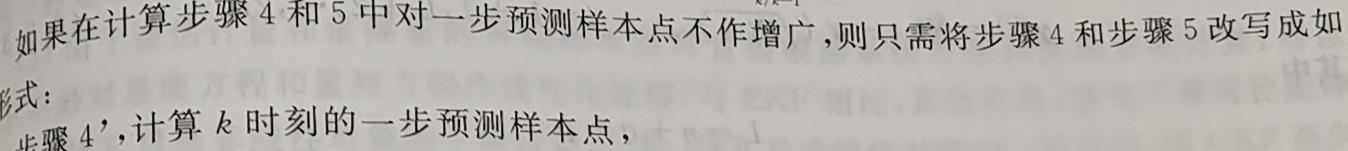
如果在计算步骤4和5中对一步预测样本点不作增广,则只需将步骤4和步骤5改写成如形式：
步骤4',计算$k$时刻的一步预测样本点,